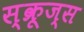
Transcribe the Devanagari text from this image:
स्क्रूज्स